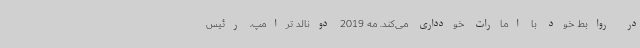
در روابط خود با امارات خودداری می‌کند. مه 2019 دونالد ترامپ، رئیس